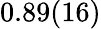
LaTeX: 0.89(16)